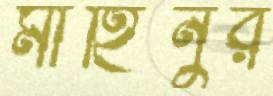
মাহিনুর